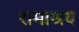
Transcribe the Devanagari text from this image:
रामाश्रय